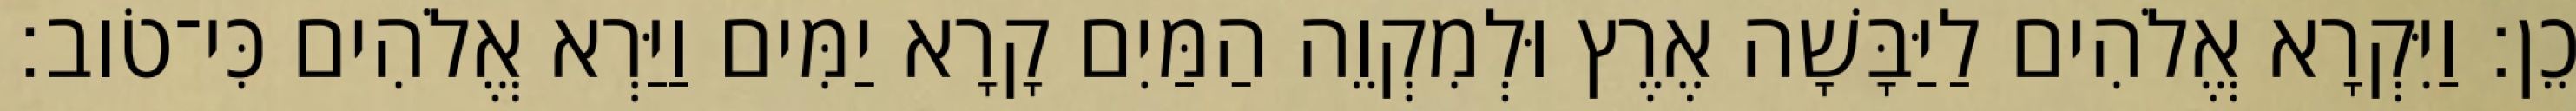
כֵן׃ וַיִּקְרָא אֱלֹהִים לַיַּבָּשָׁה אֶרֶץ וּלְמִקְוֵה הַמַּיִם קָרָא יַמִּים וַיַּרְא אֱלֹהִים כִּי־טֹוב׃